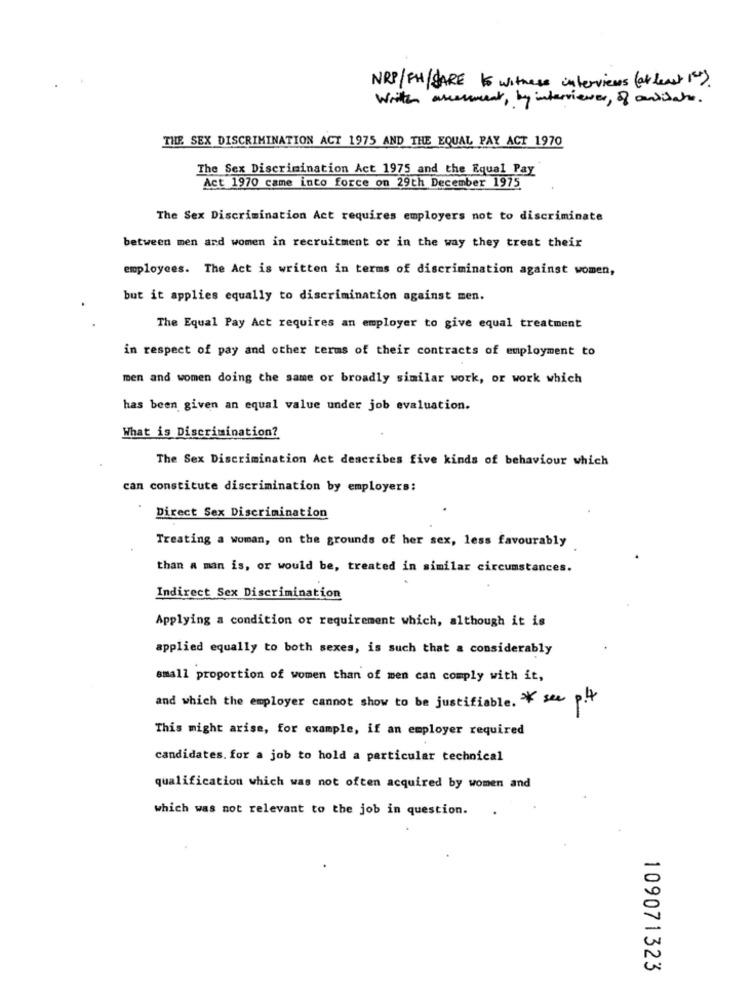
NRP/ FH/SARE to witness interviews ( at least 10).
Writh assessment, by interviewer, of antilate.
THE SEX DISCRIMINATION ACT 1975 AND THE EQUAL PAY ACT 1970
The Sex Discrimination Act 1975 and the Equal Pay
Act 1970 came into force on 29th December 1975
The Sex Discrimination Act requires employers not to discriminate
between men and women in recruitment or in the way they treat their
employees. The Act is written in terms of discrimination against women,
but it applies equally to discrimination against men.
The Equal Pay Act requires an employer to give equal treatment
in respect of pay and other terms of their contracts of employment to
men and women doing the same or broadly similar work, or work which
has been given an equal value under job evaluation.
What is Discrimination?
The Sex Discrimination Act describes five kinds of behaviour which
can constitute discrimination by employers:
Direct Sex Discrimination
Treating a woman, on the grounds of her sex, less favourably
than a man is, or would be, treated in similar circumstances.
Indirect Sex Discrimination
Applying a condition or requirement which, although it is
applied equally to both sexes, is such that a considerably
small proportion of women than of men can comply with it,
and which the employer cannot show to be justifiable. * see p.4
This might arise, for example, if an employer required
candidates. for a job to hold a particular technical
qualification which was not often acquired by women and
which was not relevant to the job in question.
109071323